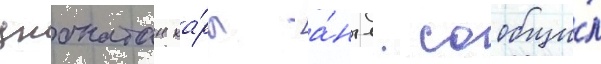
джонатан ка́рл [а́нгл. сообщи́л